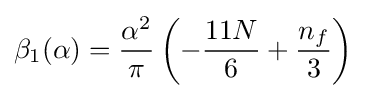
\beta _{1}(\alpha )={\alpha ^{2} \over \pi }\left(-{11N \over 6}+{n_{f} \over 3}\right)